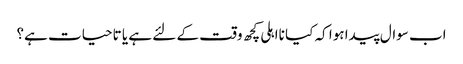
اب سوال پیدا ہوا کہ کیا نااہلی کچھ وقت کے لئے ہے یا تاحیات ہے؟